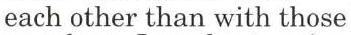
each other than with those